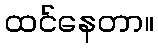
ထင်နေတာ။